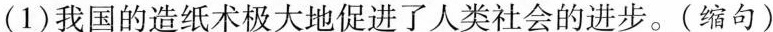
(1)我国的造纸术极大地促进了人类社会的进步。(缩句)